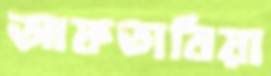
আফতাবিয়া